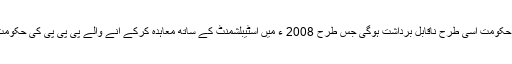
اگلے پانچ سال کے لئے پی ایم ایل (ن) کی حکومت اسی طرح ناقابل برداشت ہوگی جس طرح 2008 ء میں اسٹیبلشمنٹ کے ساتھ معاہدہ کرکے آنے والے پی پی پی کی حکومت 2013 ء تک ناقابل برداشت ہوگئی تھی۔